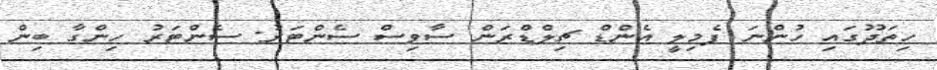
ހިތަދޫގައި ހުންނަ ފެމިލީ އެންޑް ޗިލްޑްރަން ސާވިސް ސެންޓަރު: ސެންޓަރު ހިންގާ ބިން